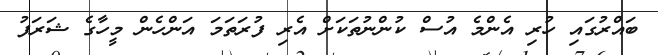
ބައްރުގައި ހުރި އެންމެ އުސް ކުންނުތަކަށް އެރި ފުރަތަމަ އަންހެން މީހާގެ ޝަރަފު